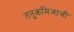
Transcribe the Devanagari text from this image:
तनुकमिजाजी